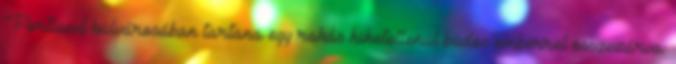
Portland külvárosában tartana egy rakás hihetetlenül büdös emberrel összezárva.